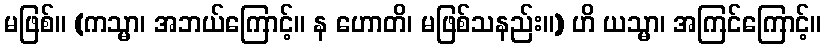
မဖြစ်။ (ကသ္မာ၊ အဘယ်ကြောင့်။ န ဟောတိ၊ မဖြစ်သနည်း။) ဟိ ယသ္မာ၊ အကြင်ကြောင့်။